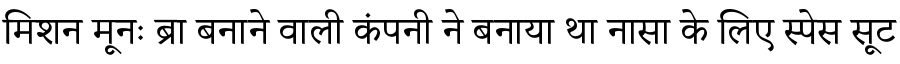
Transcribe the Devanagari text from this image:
मिशन मूनः ब्रा बनाने वाली कंपनी ने बनाया था नासा के लिए स्पेस सूट